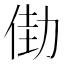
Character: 𠡬